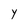
Character: y